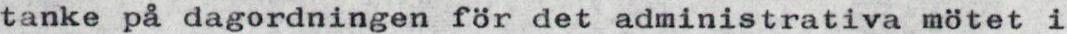
tanke på dagordningen för det administrativa mötet i